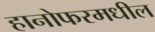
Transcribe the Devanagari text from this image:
हानोफरमधील